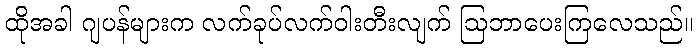
ထိုအခါ ဂျပန်များက လက်ခုပ်လက်ဝါးတီးလျက် ဩဘာပေးကြလေသည်။